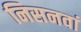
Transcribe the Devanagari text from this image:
निसनवां